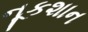
નૂકશાન